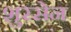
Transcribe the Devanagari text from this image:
शुरसेन